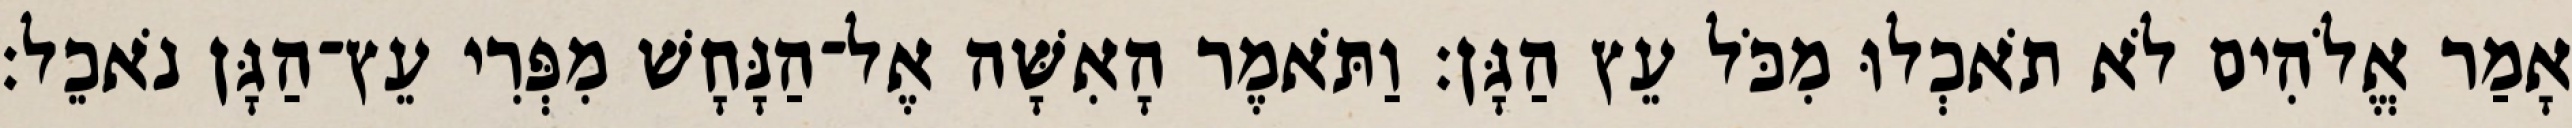
אָמַר אֱלֹהִים לֹא תֹאכְלוּ מִכֹּל עֵץ הַגָּן׃ וַתֹּאמֶר הָאִשָּׁה אֶל־הַנָּחָשׁ מִפְּרִי עֵץ־הַגָּן נֹאכֵל׃